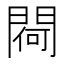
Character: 𨵅